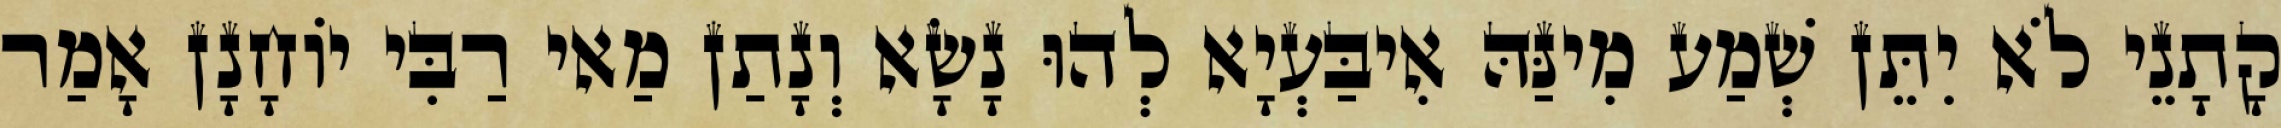
קָתָנֵי לֹא יִתֵּן שְׁמַע מִינַּהּ אִיבַּעְיָא לְהוּ נָשָׂא וְנָתַן מַאי רַבִּי יוֹחָנָן אָמַר